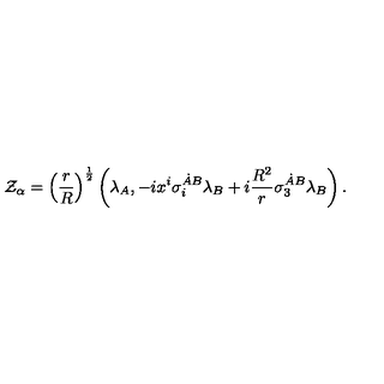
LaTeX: { \cal Z } _ { \alpha } = \left( { \frac { r } { R } } \right) ^ { \frac { 1 } { 2 } } \left( \lambda _ { A } , - i x ^ { i } \sigma _ { i } ^ { \dot { A } B } \lambda _ { B } + i { \frac { R ^ { 2 } } { r } } \sigma _ { 3 } ^ { \dot { A } B } \lambda _ { B } \right) .